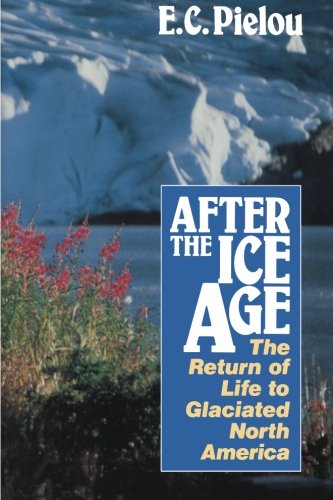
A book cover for After the Ice Age: The Return of Life to Glaciated North America; E. C. Pielou; Science & Math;